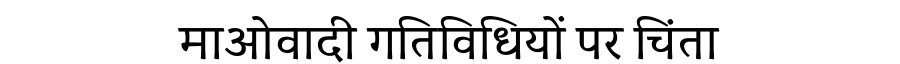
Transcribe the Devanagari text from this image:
माओवादी गतिविधियों पर चिंता